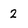
Character: 2